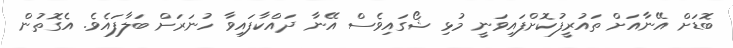
ބޮޑަށް އޭނާއަށް ތައުރީފުކޮށްފައިވަނީ މުޅި ޝޯގައިވެސް އޭނާ ދައްކާފައިވާ ހުނަރަށް ބަލާފައެވެ. އެގޮތުން